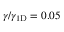
\gamma / \gamma _ { 1 \mathrm { D } } = 0 . 0 5